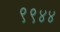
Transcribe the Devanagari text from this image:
९९४४